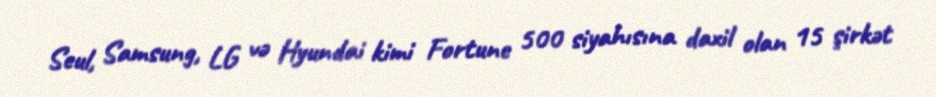
Seul, Samsung, LG və Hyundai kimi Fortune 500 siyahısına daxil olan 15 şirkət